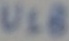
Text: U1B